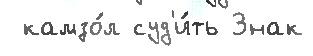
 камзо́л суд'и́ть Знак